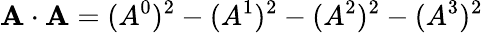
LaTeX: \mathbf{A\cdot A}=(A^{0})^{2}-(A^{1})^{2}-(A^{2})^{2}-(A^{3})^{2}